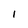
Character: I